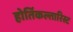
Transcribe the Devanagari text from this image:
होर्तिकल्तारिस्ट